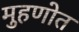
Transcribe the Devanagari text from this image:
मुहणोत